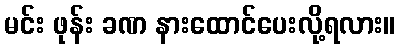
မင်း ဖုန်း ခဏ နားထောင်ပေးလို့ရလား။